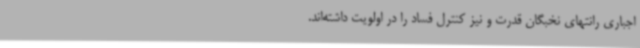
اجباری رانتهای نخبگان قدرت و نیز کنترل فساد را در اولویت داشته‌اند.